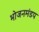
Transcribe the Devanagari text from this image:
भोजनमंडप